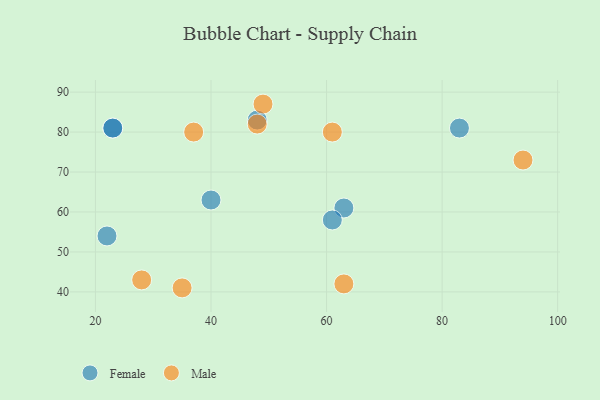
{"axis": {"x": "GDP", "y": "Life Expectancy"}, "legend": ["Female", "Male"], "data": [{"x": "40", "y": 63, "type": "Female"}, {"x": "63", "y": 61, "type": "Female"}, {"x": "48", "y": 83, "type": "Female"}, {"x": "22", "y": 54, "type": "Female"}, {"x": "23", "y": 81, "type": "Female"}, {"x": "23", "y": 81, "type": "Female"}, {"x": "61", "y": 58, "type": "Female"}, {"x": "83", "y": 81, "type": "Female"}, {"x": "63", "y": 42, "type": "Male"}, {"x": "37", "y": 80, "type": "Male"}, {"x": "35", "y": 41, "type": "Male"}, {"x": "61", "y": 80, "type": "Male"}, {"x": "28", "y": 43, "type": "Male"}, {"x": "94", "y": 73, "type": "Male"}, {"x": "48", "y": 82, "type": "Male"}, {"x": "49", "y": 87, "type": "Male"}]}